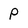
Character: P